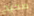
صحيح